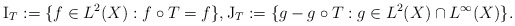
\begin{align*}\qquad{\rm I}_T:=\{f\in L^2(X): f\circ T=f\}, {\rm J}_T:=\{g-g\circ T: g\in L^2(X)\cap L^{\infty}(X)\}.\end{align*}